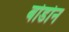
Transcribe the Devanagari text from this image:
बोर्डोन